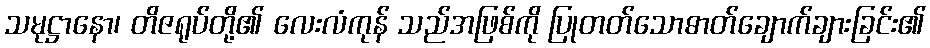
သမုဋ္ဌာနော၊ တိဇရုပ်တို့၏ လေးလံကုန် သည်အဖြစ်ကို ပြုတတ်သောဓာတ်ချောက်ချားခြင်း၏